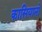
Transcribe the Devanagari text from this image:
कासियानो